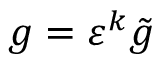
g = \varepsilon ^ { k } \tilde { g }